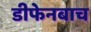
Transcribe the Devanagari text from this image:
डीफेनबाच